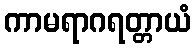
ကာမရာဂရတ္တာယံ